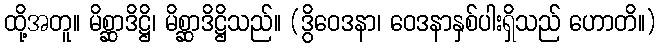
ထို့အတူ။ မိစ္ဆာဒိဋ္ဌိ၊ မိစ္ဆာဒိဋ္ဌိသည်။ (ဒွိဝေဒနာ၊ ဝေဒနာနှစ်ပါးရှိသည် ဟောတိ။)